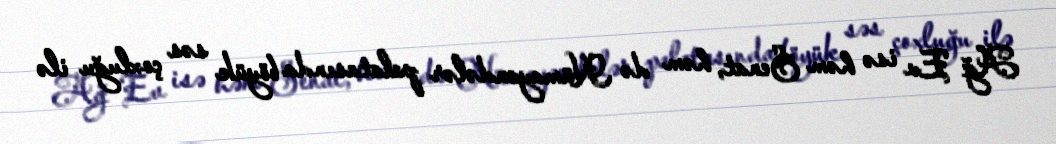
Ağ Ev isə həm Senat, həm də Nümayəndələr palatasında böyük səs çoxluğu ilə